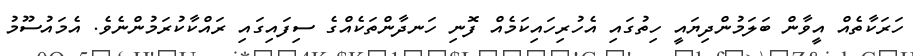
ހަރަކާތެއް އީވާން ބަލަމުންދިޔައީ ހިތުގައި އެހުރިހައިކަމެއް ފޮނި ހަނދާންތަކެއްގެ ސިފައިގައި ރައްކާކުރަމުންނެވެ. އެމައުސޫމު